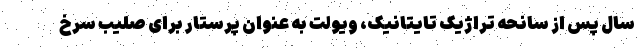
سال پس از سانحه تراژیک تایتانیک، ویولت به عنوان پرستار برای صلیب سرخ